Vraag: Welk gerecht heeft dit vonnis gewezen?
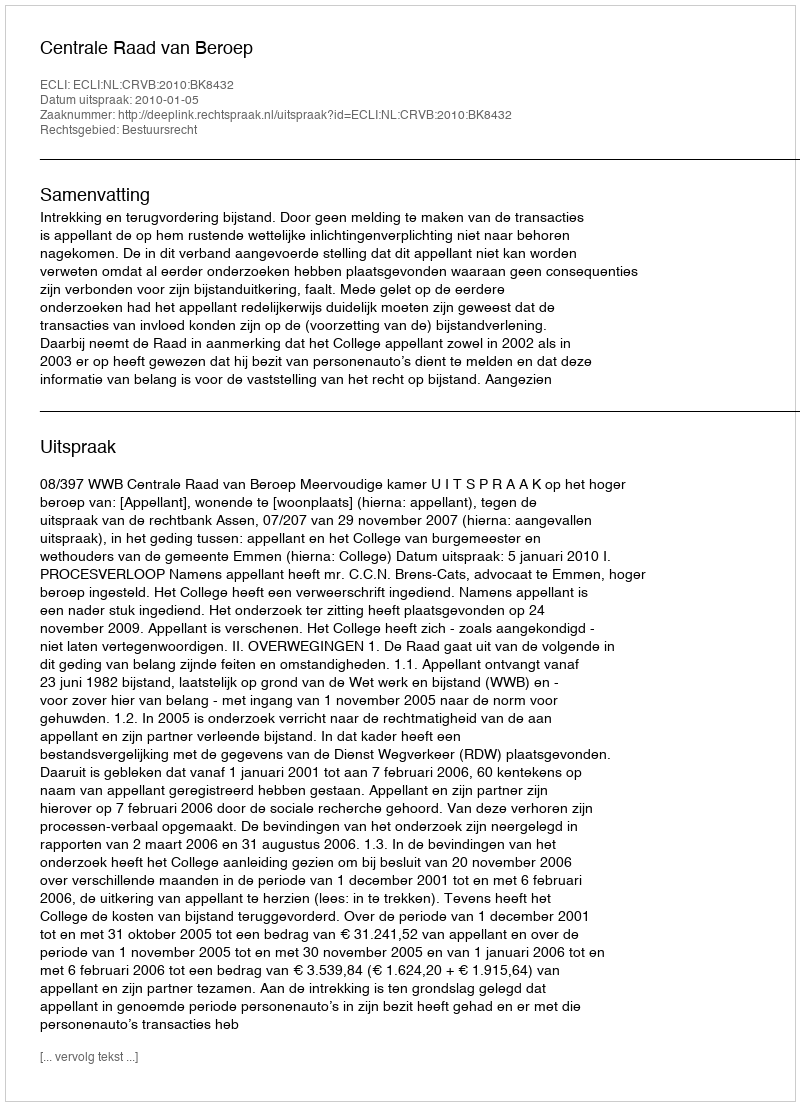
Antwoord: Centrale Raad van Beroep